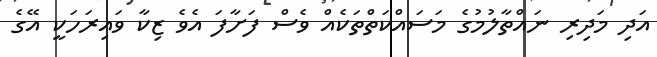
އަދި މަދިރި ނައްތާލުމުގެ މަސައްކަތްތަކެއް ވެސް ފަށާފަ އެވެ ޒިކާ ވައިރަހަކީ އޭގެ